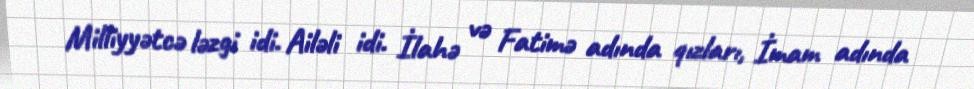
Milliyyətcə ləzgi idi. Ailəli idi. İlahə və Fatimə adında qızları, İmam adında